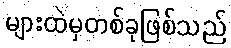
များထဲမှတစ်ခုဖြစ်သည်